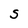
Character: S